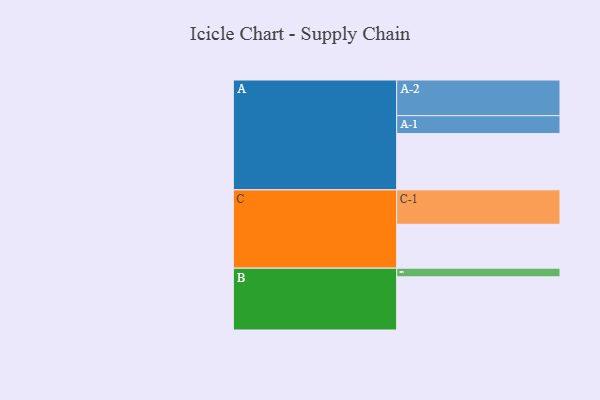
{"axis": {"x": "Segment", "y": "Value"}, "legend": ["", "A", "B", "C"], "data": [{"x": "A", "y": 396, "type": ""}, {"x": "B", "y": 374, "type": ""}, {"x": "C", "y": 309, "type": ""}, {"x": "A-1", "y": 126, "type": "A"}, {"x": "A-2", "y": 251, "type": "A"}, {"x": "B-1", "y": 61, "type": "B"}, {"x": "C-1", "y": 242, "type": "C"}]}